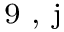
^ \textrm { \scriptsize 9 , j }